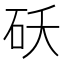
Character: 𬒁